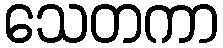
သေတကာ